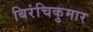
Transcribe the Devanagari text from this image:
बिरंचिकुमार